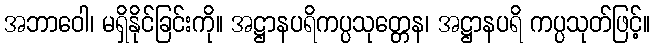
အဘာဝေါ၊ မရှိနိုင်ခြင်းကို။ အဋ္ဌာနပရိကပ္ပသုတ္တေန၊ အဋ္ဌာနပရိ ကပ္ပသုတ်ဖြင့်။